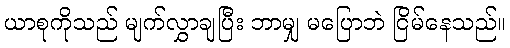
ယာစုကိုသည် မျက်လွှာချပြီး ဘာမျှ မပြောဘဲ ငြိမ်နေသည်။